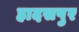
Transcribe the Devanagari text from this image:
हादसपुर